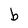
Character: b